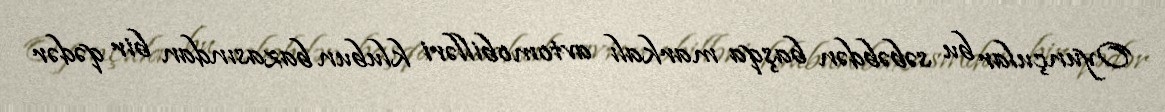
Oyunçular bu səbəbdən başqa markalı avtomobilləri klubun bazasından bir qədər